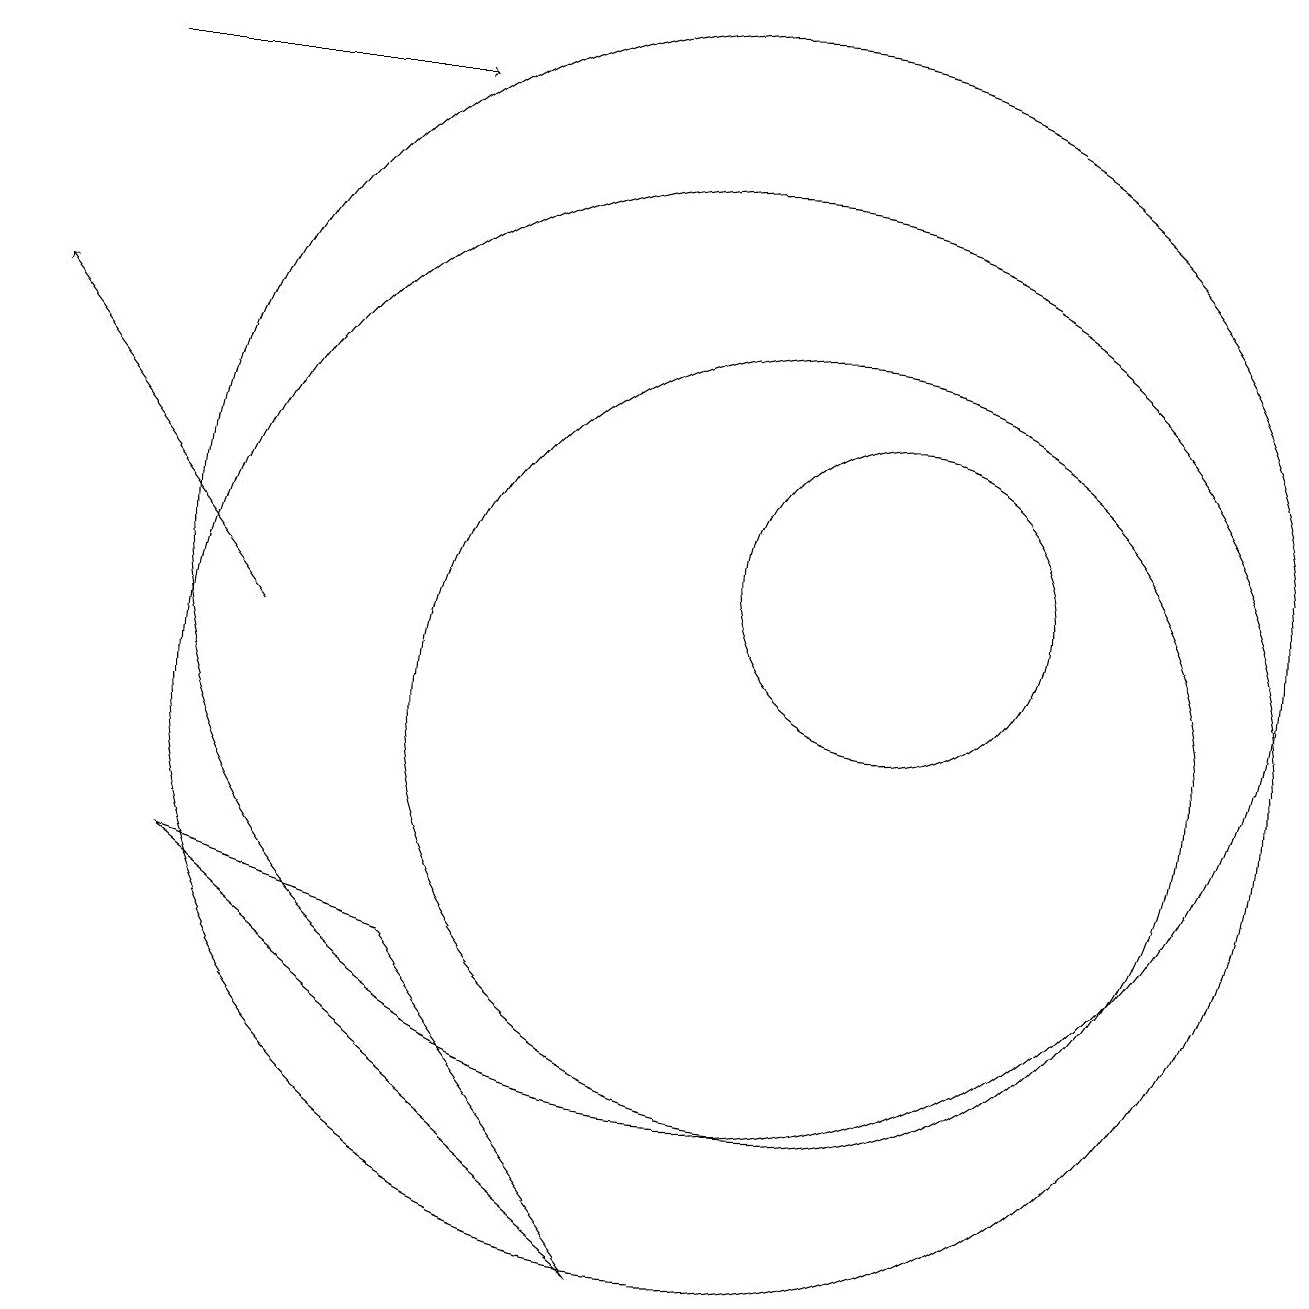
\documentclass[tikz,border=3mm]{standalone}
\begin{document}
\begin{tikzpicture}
\draw (10,12) circle (7);
\draw[->] (2,18) -- (6,18);
\draw[->] (4,11) -- (1,15);
\draw (11,10) circle (5);
\draw (10,10) circle (7);
\draw (12,12) circle (2);
\draw (6,7) -- (3,8) -- (9,3) -- cycle;
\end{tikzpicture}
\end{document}